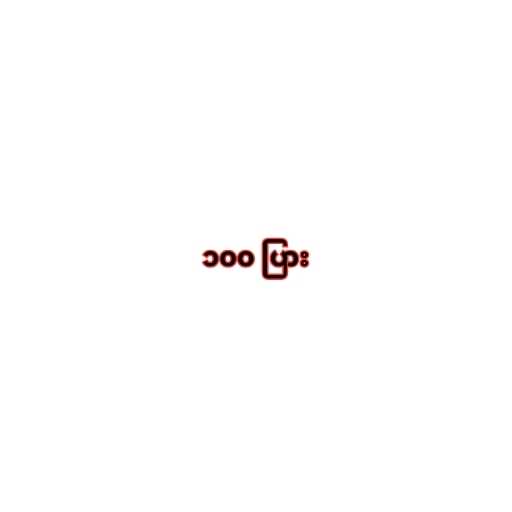
၁၀၀ ပြား